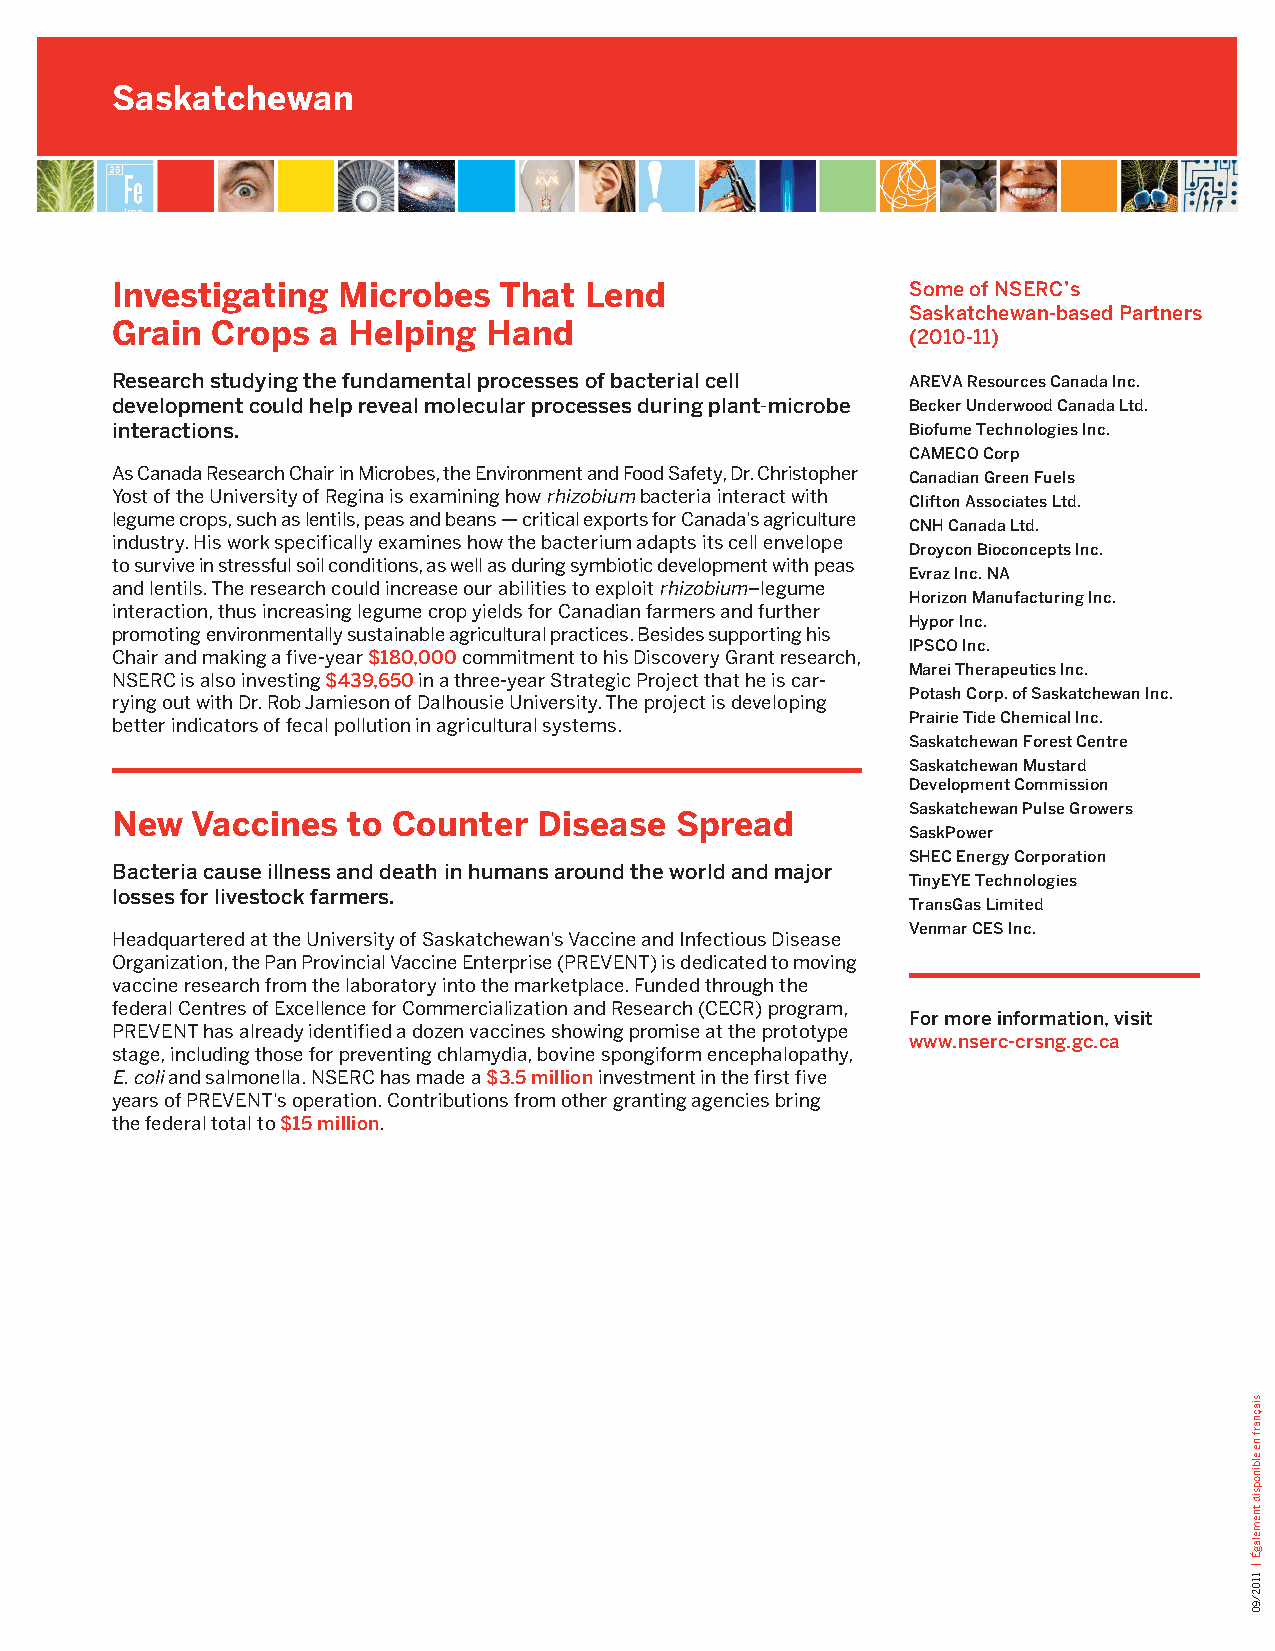
Saskatchewan
 Investigating  Microbes   That  Lend                 Some of NSERC’s
 Saskatchewan-based Partners
 Grain  Crops  a Helping  Hand
 (2010-11)
 Research studying the fundamental processes of bacterial cell AREVA Resources Canada Inc.
 development could help reveal molecular processes during plant-microbe Becker Underwood Canada Ltd.
 interactions.                                        Biofume Technologies Inc.
 CAMECO Corp
 As Canada Research Chair in Microbes, the Environment and Food Safety, Dr. Christopher Canadian Green Fuels
 Yost of the University of Regina is examining how rhizobium bacteria interact with Clifton Associates Ltd.
 legume crops, such as lentils, peas and beans — critical exports for Canada’s agriculture
 CNH Canada Ltd.
 industry. His work specifically examines how the bacterium adapts its cell envelope
 Droycon Bioconcepts Inc.
 to survive in stressful soil conditions, as well as during symbiotic development with peas
 Evraz Inc. NA
 and lentils. The research could increase our abilities to exploit rhizobium–legume
 Horizon Manufacturing Inc.
 interaction, thus increasing legume crop yields for Canadian farmers and further
 Hypor Inc.
 promoting environmentally sustainable agricultural practices. Besides supporting his
 IPSCO Inc.
 Chair and making a five-year $180,000 commitment to his Discovery Grant research,
 Marei Therapeutics Inc.
 NSERC is also investing $439,650 in a three-year Strategic Project that he is car-
 Potash Corp. of Saskatchewan Inc.
 rying out with Dr. Rob Jamieson of Dalhousie University. The project is developing
 Prairie Tide Chemical Inc.
 better indicators of fecal pollution in agricultural systems.
 Saskatchewan Forest Centre
 Saskatchewan Mustard
 Development Commission
 Saskatchewan Pulse Growers
 New   Vaccines  to Counter   Disease  Spread
 SaskPower
 SHEC Energy Corporation
 Bacteria cause illness and death in humans around the world and major
 TinyEYE Technologies
 losses for livestock farmers.
 TransGas Limited
 Venmar CES Inc.
 Headquartered at the University of Saskatchewan’s Vaccine and Infectious Disease
 Organization, the Pan Provincial Vaccine Enterprise (PREVENT) is dedicated to moving
 vaccine research from the laboratory into the marketplace. Funded through the
 federal Centres of Excellence for Commercialization and Research (CECR) program,
 For more information, visit
 PREVENT has already identified a dozen vaccines showing promise at the prototype
 www.nserc-crsng.gc.ca
 stage, including those for preventing chlamydia, bovine spongiform encephalopathy,
 E. coli and salmonella. NSERC has made a $3.5 million investment in the first five
 years of PREVENT’s operation. Contributions from other granting agencies bring
 the federal total to $15 million.
 siaçnarf
 ne
 elbinopsid
 tnemelagÉ
 |
 1102/90